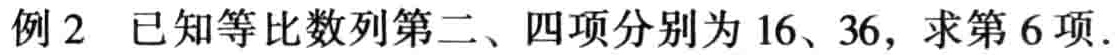
例2 已知等比数列第二、四项分别为 16、36，求第 6 项.